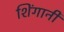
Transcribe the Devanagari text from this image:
शिंगानी